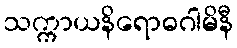
သက္ကာယနိရောဓဂါမိနီ